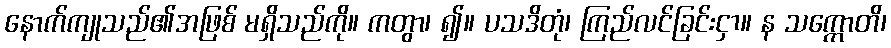
နောက်ကျုသည်၏အဖြစ် မရှိသည်ကို။ ကတွာ၊ ၍။ ပသဒိတုံ၊ ကြည်လင်ခြင်းငှာ။ န သက္ကောတိ၊